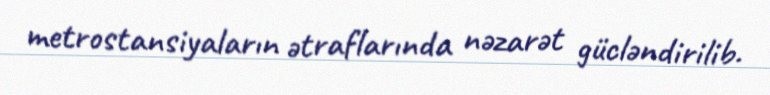
metrostansiyaların ətraflarında nəzarət gücləndirilib.